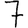
Digit: 7